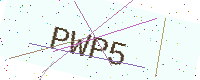
Text: PWP5